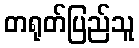
တရုတ်ပြည်သူ